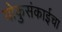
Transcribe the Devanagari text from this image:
योकुसंकाईचा